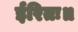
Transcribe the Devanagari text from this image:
ईरितः॥